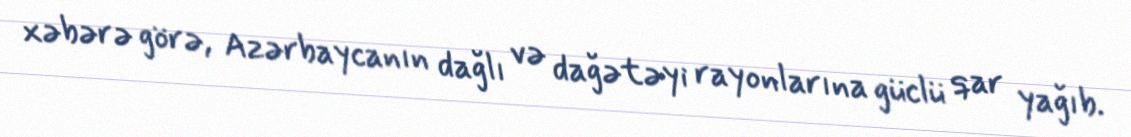
xəbərə görə, Azərbaycanın dağlı və dağətəyi rayonlarına güclü qar yağıb.